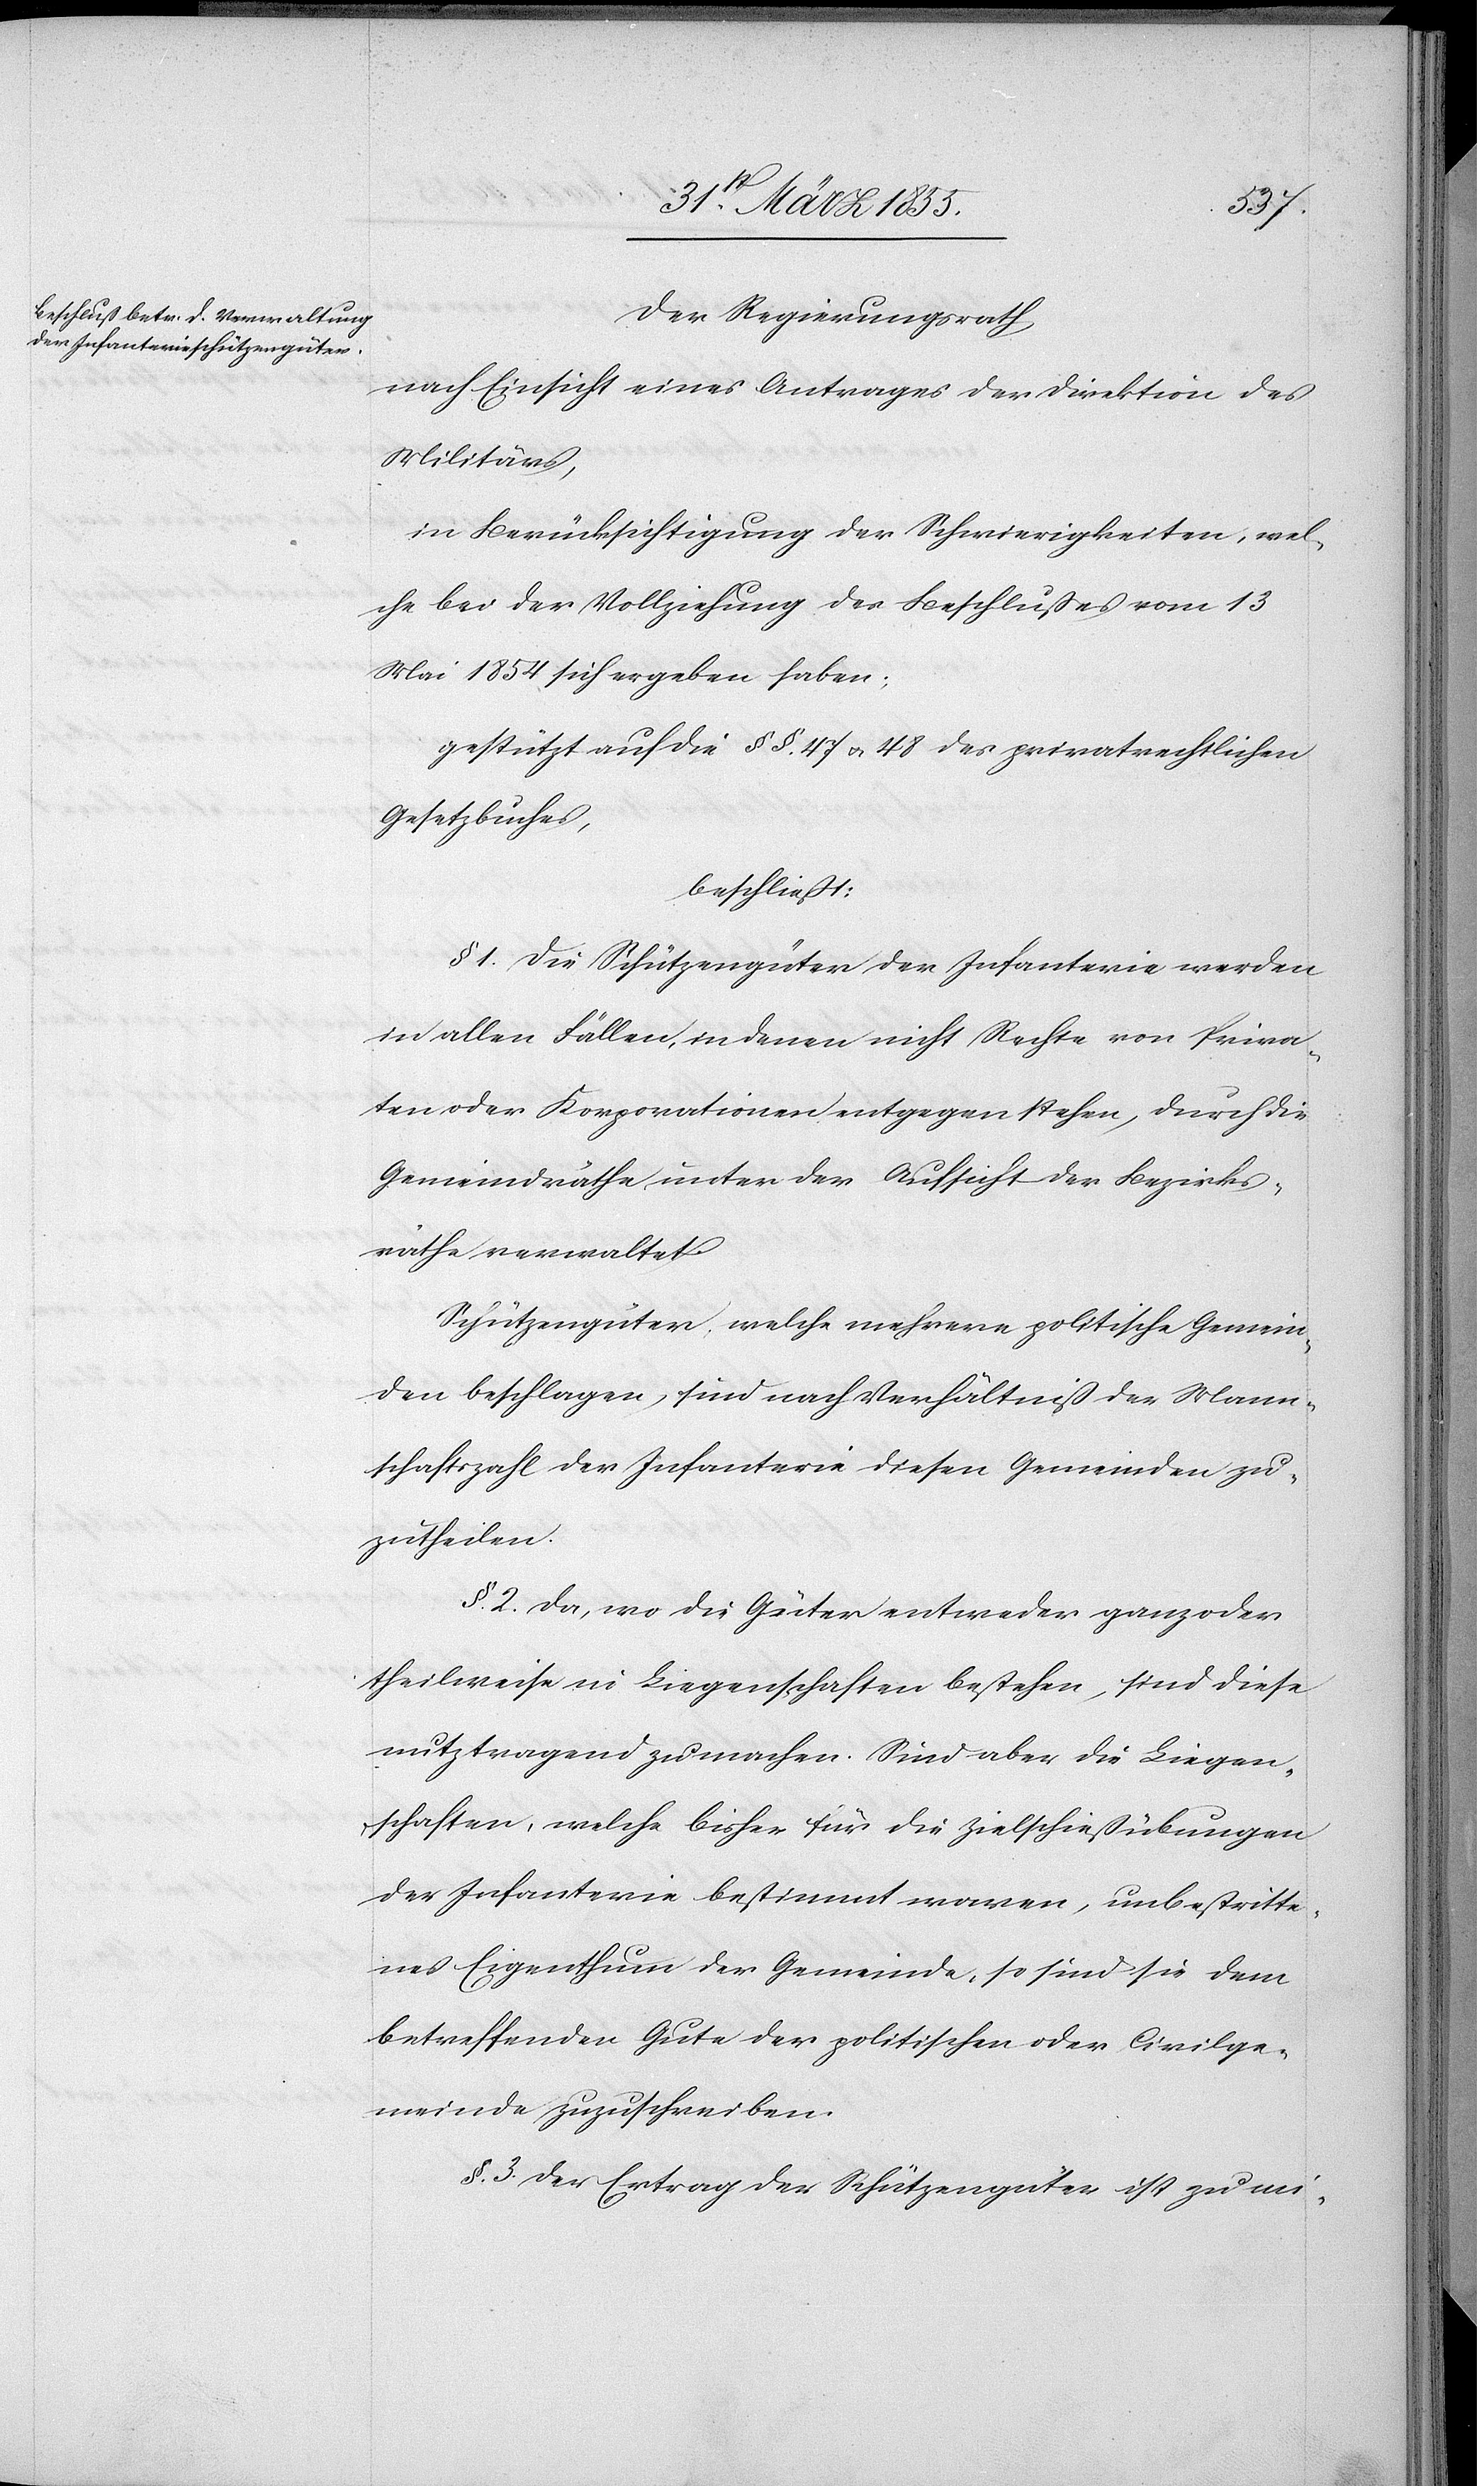
Der Regierungsrath,
nach Einsicht eines Antrages der Direktion des
Militärs,
in Berücksichtigung der Schwierigkeiten, wel¬
che bei der Vollziehung des Beschlußes vom 13
Mai 1854 sich ergeben haben;
gestützt auf die §§. 47 & 48 des privatrechtlichen
Gesetzbuches,
beschließt:
§ 1. Die Schützengüter der Infanterie werden
in allen Fällen, in denen nicht Rechte von Priva¬
ten oder Korporationen entgegen stehen, durch die
Gemeindräthe unter der Aufsicht der Bezirks¬
räthe verwaltet.
Schützengüter, welche mehrere politische Gemein¬
den beschlagen, sind nach Verhältniß der Mann¬
schaftszahl der Infanterie diesen Gemeinden zu¬
zutheilen.
§. 2. Da, wo die Güter entweder ganz oder
theilweise in Liegenschaften bestehen, sind diese
nutztragend zu machen. Sind aber die Liegen¬
schaften, welche bisher für die Zielschießübungen
der Infanterie bestimmt waren, unbestritte¬
nes Eigenthum der Gemeinde, so sind sie dem
betreffenden Gute der politischen oder Civilge¬
meinde zuzuschreiben.
§. 3. Der Ertrag der Schützengüter ist zu mi-